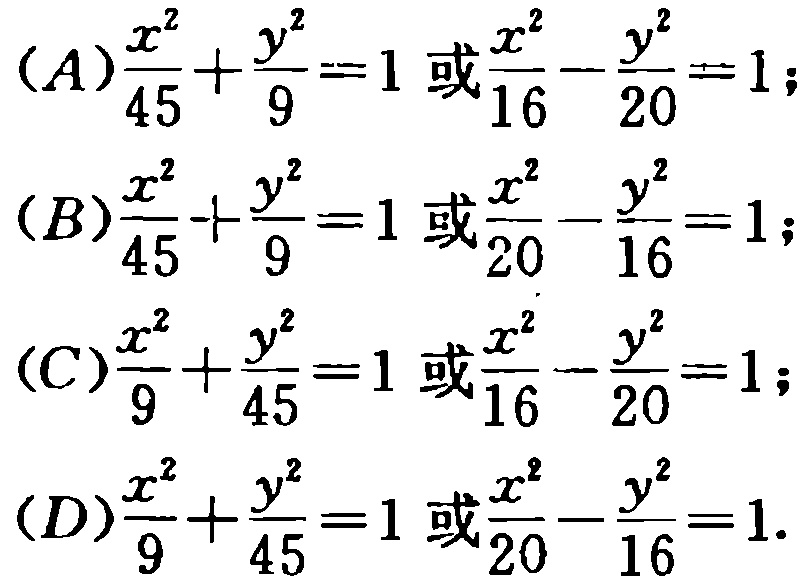
\[(A)\frac{x^{2}}{45}+\frac{y^{2}}{9}=1\text{ 或 }\frac{x^{2}}{16}-\frac{y^{2}}{20}=1;\]

\[(B)\frac{x^{2}}{45}+\frac{y^{2}}{9}=1\text{ 或 }\frac{x^{2}}{20}-\frac{y^{2}}{16}=1;\]

\[(C)\frac{x^{2}}{9}+\frac{y^{2}}{45}=1\text{ 或 }\frac{x^{2}}{16}-\frac{y^{2}}{20}=1;\]

\[(D)\frac{x^{2}}{9}+\frac{y^{2}}{45}=1\text{ 或 }\frac{x^{2}}{20}-\frac{y^{2}}{16}=1.\]